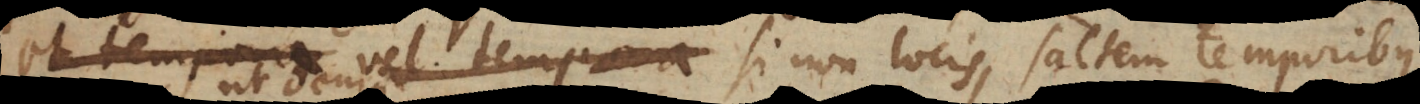
et tempora vel tempora si non locis, saltem temporibus